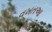
વખતઆ